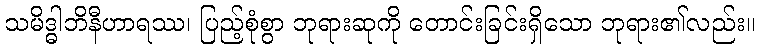
သမိဒ္ဓါဘိနီဟာရဿ၊ ပြည့်စုံစွာ ဘုရားဆုကို တောင်းခြင်းရှိသော ဘုရား၏လည်း။